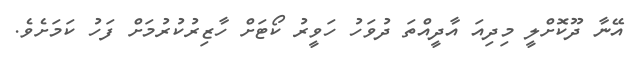
އޭނާ ދޫކޮށްލީ މިދިއަ އާދީއްތަ ދުވަހު ހަވީރު ކޯޓަށް ހާޒިރުކުރުމަށް ފަހު ކަމަށެވެ.